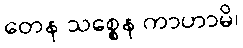
တေန သစ္စေန ကာဟာမိ၊